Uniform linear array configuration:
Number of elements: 4
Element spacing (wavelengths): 0.25
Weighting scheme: hann
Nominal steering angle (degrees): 0
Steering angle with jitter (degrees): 1.031
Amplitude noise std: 0.05
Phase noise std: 0.05

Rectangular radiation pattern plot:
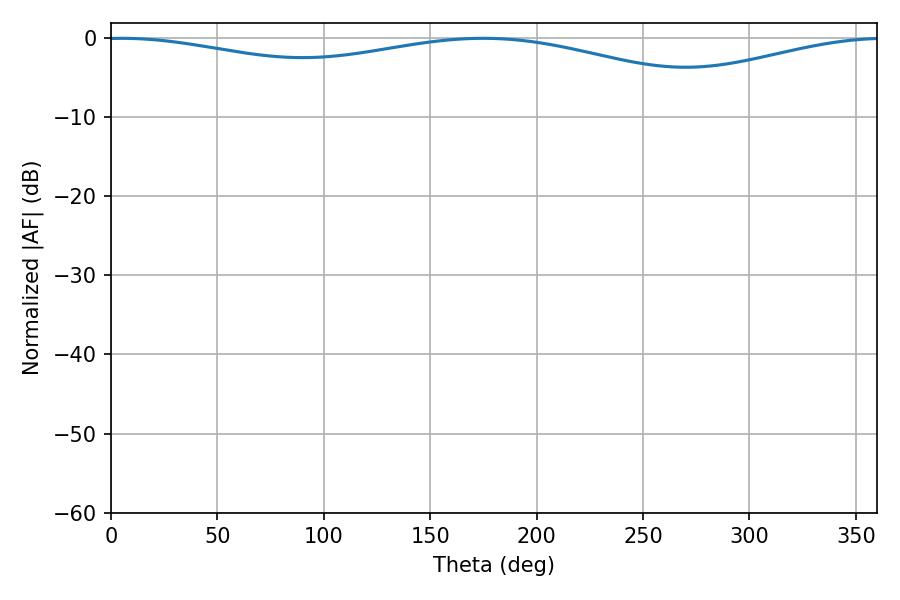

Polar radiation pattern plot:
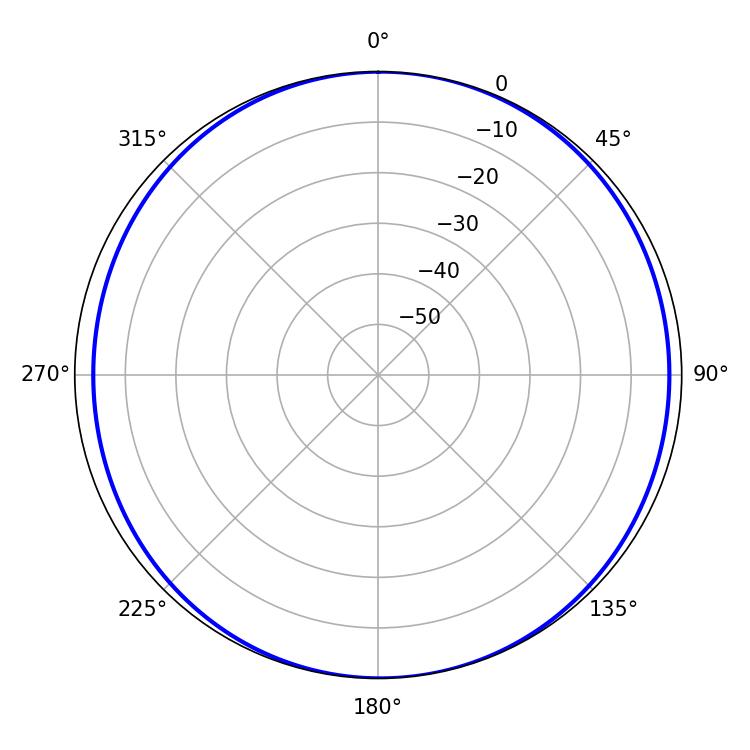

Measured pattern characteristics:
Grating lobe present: FALSE
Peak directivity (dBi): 9.065
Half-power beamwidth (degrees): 245.52
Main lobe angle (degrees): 5.04